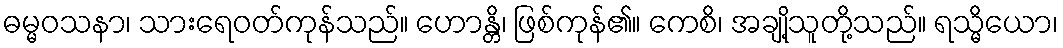
ဓမ္မဝသနာ၊ သားရေဝတ်ကုန်သည်။ ဟောန္တိ၊ ဖြစ်ကုန်၏။ ကေစိ၊ အချို့သူတို့သည်။ ရသ္မိယော၊